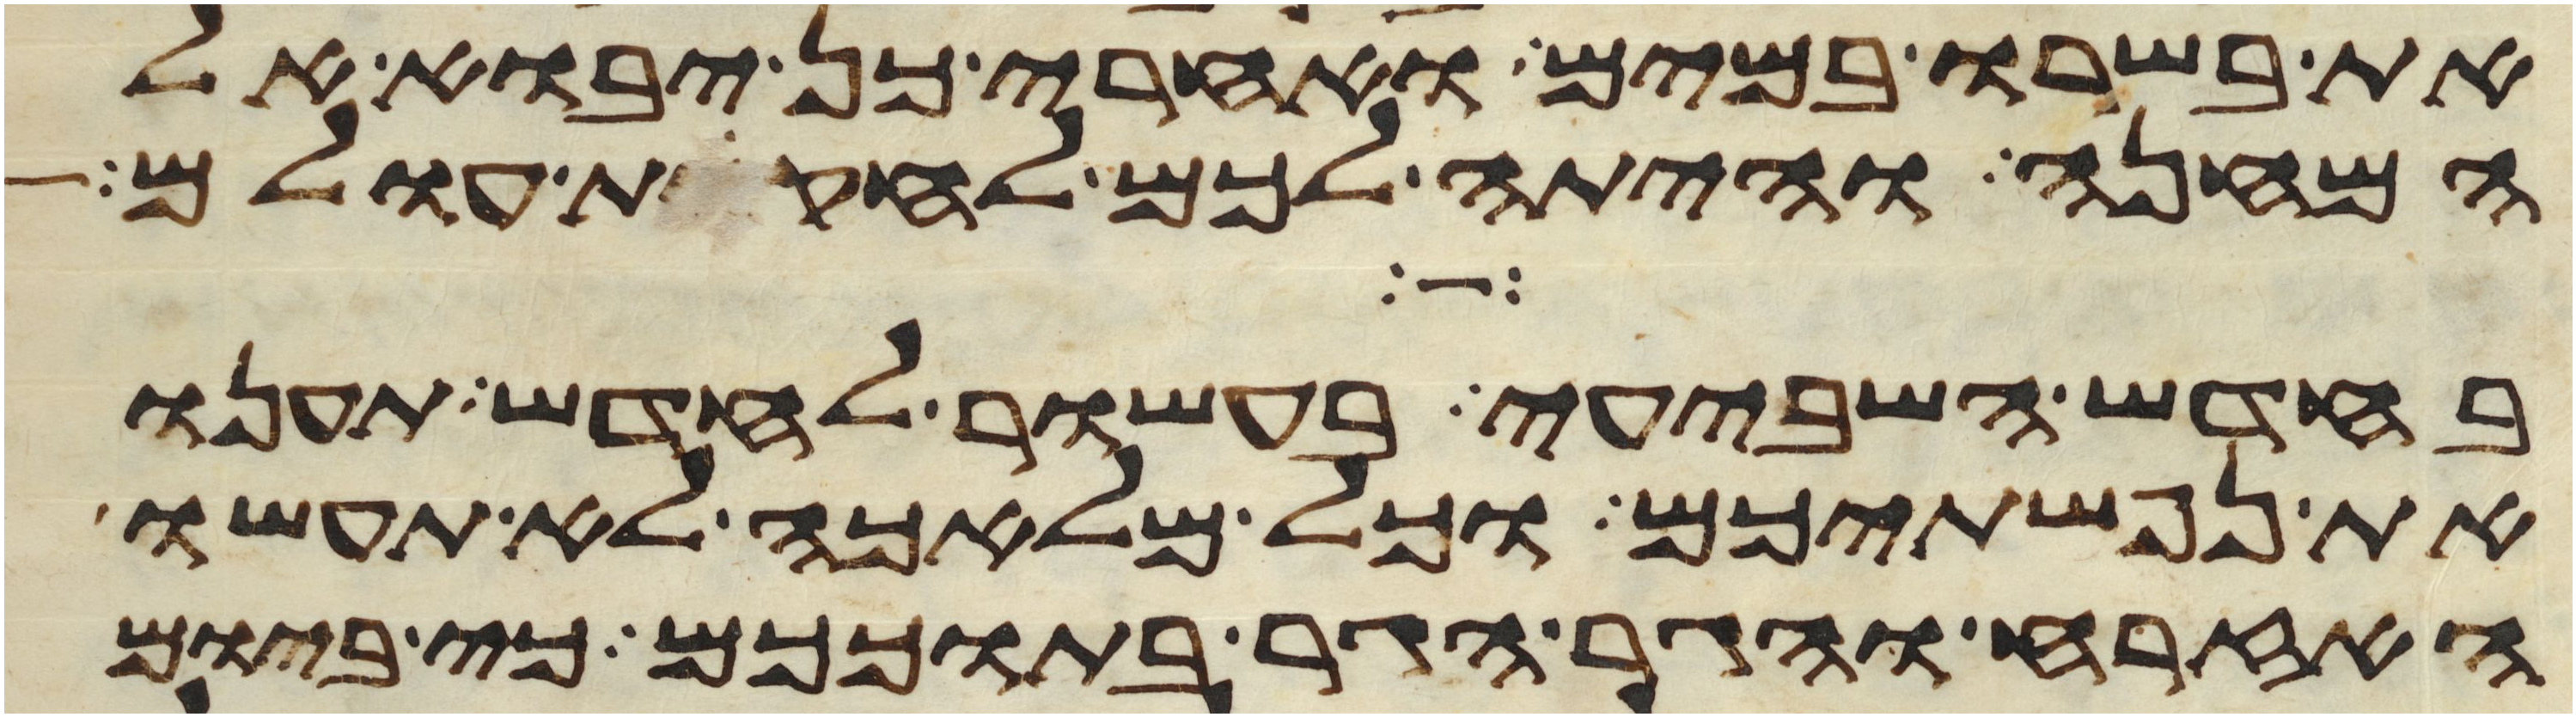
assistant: את בשרו במים ואחרי כן יבוא אל
המחנה והיתה לכם לחקות עולם
בחדש השביעי בעשור לחדש תענו
את נפשתיכם וכל מלאכה לא תעשו
האזרח והגר הגר בתוככם כי ביום